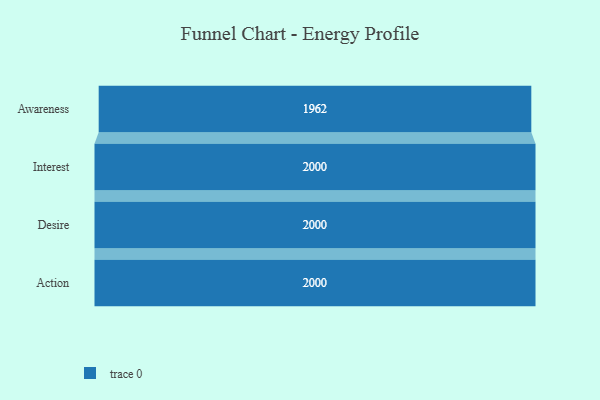
{"axis": {"x": "Stage", "y": "Value"}, "legend": [""], "data": [{"x": "Awareness", "y": 1962.0, "type": ""}, {"x": "Interest", "y": 2000, "type": ""}, {"x": "Desire", "y": 2000, "type": ""}, {"x": "Action", "y": 2000, "type": ""}]}